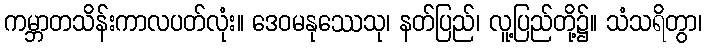
ကမ္ဘာတသိန်းကာလပတ်လုံး။ ဒေဝမနုဿေသု၊ နတ်ပြည်၊ လူ့ပြည်တို့၌။ သံသရိတွာ၊